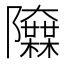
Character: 𨽬